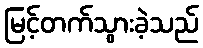
မြင့်တက်သွားခဲ့သည်